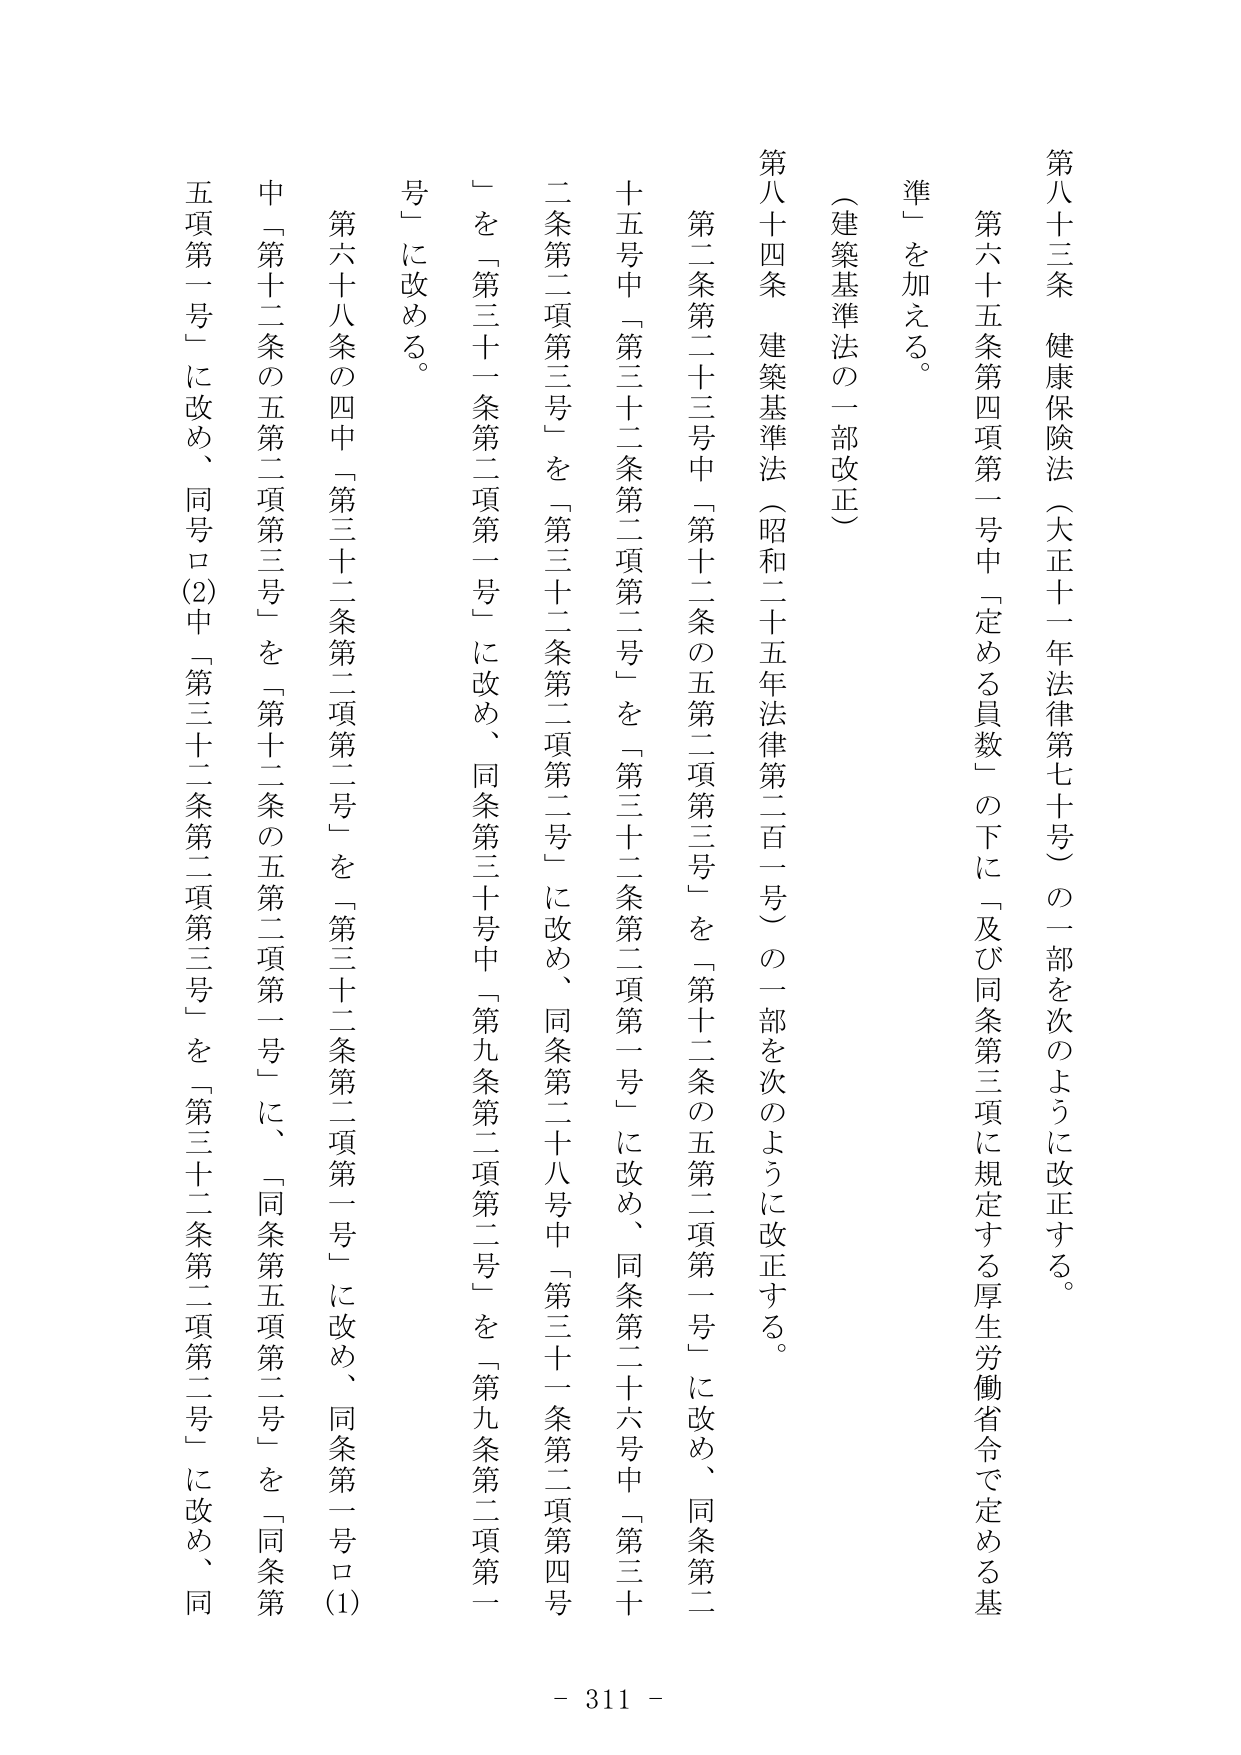
第八十三条　健康保険法（大正十一年法律第七十号）の一部を次のように改正する。

第六十五条第四項第一号中「定める員数」の下に「及び同条第三項に規定する厚生労働省令で定める基準」を加える。

（建築基準法の一部改正）

第八十四条　建築基準法（昭和二十五年法律第二百一号）の一部を次のように改正する。

第二条第二十三号中「第十二条の五第二項第三号」を「第十二条の五第二項第一号」に改め、同条第二十五条中「第三十二条第二項第二号」を「第三十二条第二項第一号」に改め、同条第二十二条第二項第三号」を「第三十二条第二項第二号」に改め、同条第二十八条中「第三十一条第二項第四号」を「第三十一条第二項第一号」に改め、同条第三十号中「第九条第二項第二号」を「第九条第二項第一号」に改める。

第六十八条の四中「第三十二条第二項第二号」を「第三十二条第二項第一号」に改め、同条第一号ロ(1)中「第十二条の五第二項第三号」を「第十二条の五第二項第一号」に、「同条第五項第二号」を「同条第五項第一号」に改め、同号ロ(2)中「第三十二条第二項第三号」を「第三十二条第二項第二号」に改め、同

- 311 -